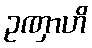
ဥဏှာဟိ